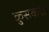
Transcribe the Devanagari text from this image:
कुसकरा